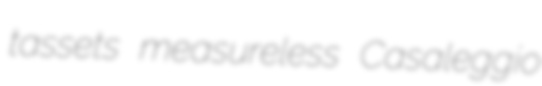
tassets measureless Casaleggio